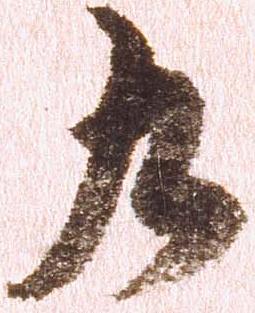
九